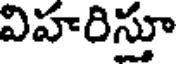
విహరిస్తూ